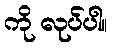
ကို လုပ်ပါ။